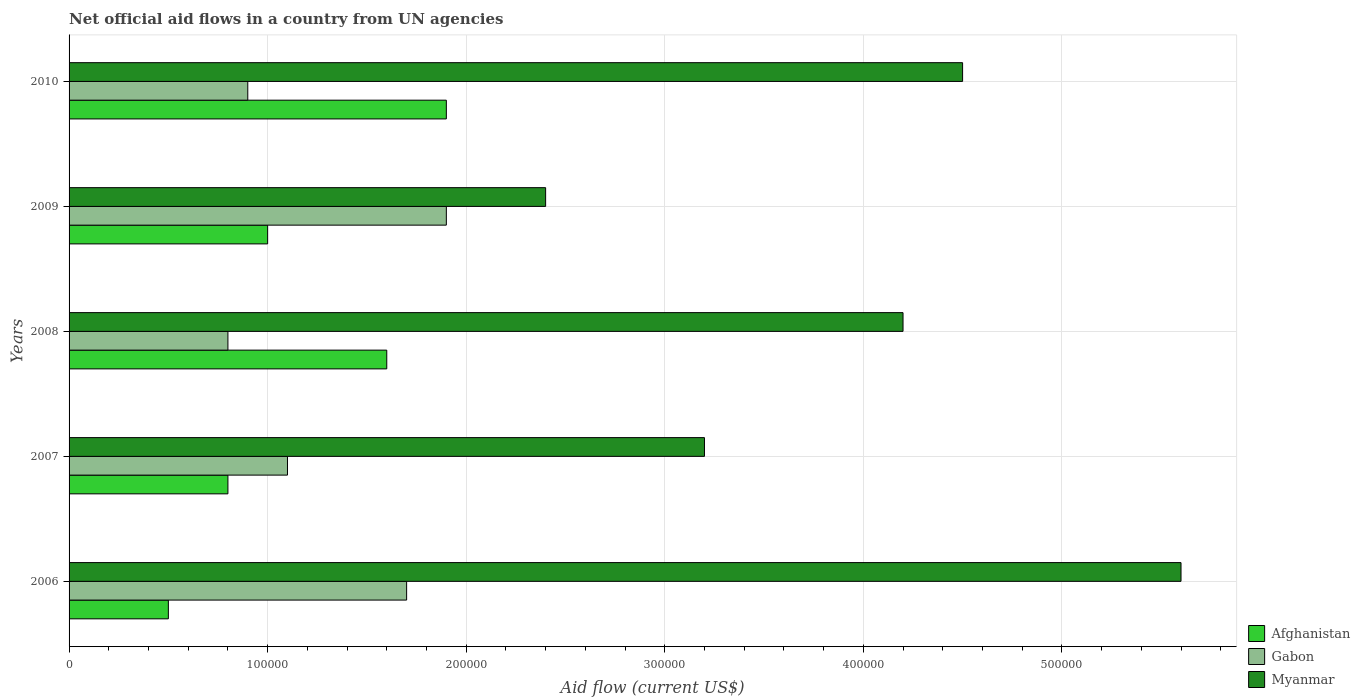
| Years | Afghanistan | Gabon | Myanmar |
 | --- | --- | --- | --- |
 | 2006 | 5e+04 | 1.7e+05 | 5.6e+05 |
 | 2007 | 8e+04 | 1.1e+05 | 3.2e+05 |
 | 2008 | 1.6e+05 | 8e+04 | 4.2e+05 |
 | 2009 | 1e+05 | 1.9e+05 | 2.4e+05 |
 | 2010 | 1.9e+05 | 9e+04 | 4.5e+05 |